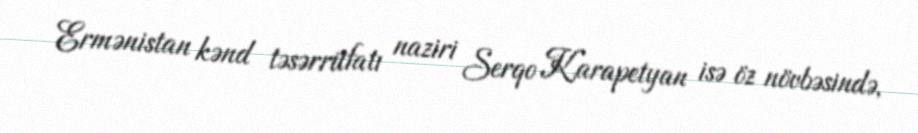
Ermənistan kənd təsərrüfatı naziri Serqo Karapetyan isə öz növbəsində,